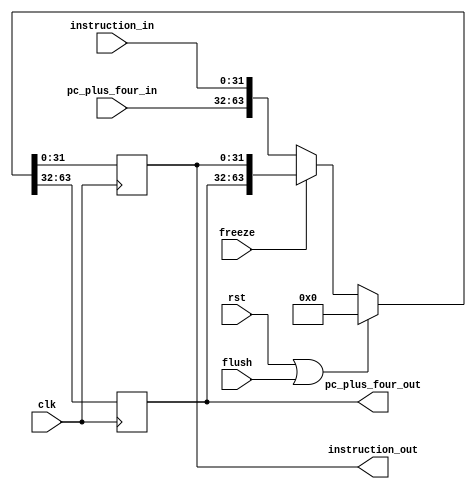
module IF_stage_reg (    
    input               clk,
    input               rst,
    input               flush,
    input               freeze,

    input       [31:0]  pc_plus_four_in,
    input       [31:0]  instruction_in,

    output reg  [31:0]  pc_plus_four_out,
    output reg  [31:0]  instruction_out
);

    wire clear;

    assign clear = rst | flush;

    always @(posedge clk) begin
        if (clear)          {pc_plus_four_out, instruction_out} <= 64'b0;
        else if(freeze)     {pc_plus_four_out, instruction_out} <= {pc_plus_four_out, instruction_out};
        else                {pc_plus_four_out, instruction_out} <= {pc_plus_four_in, instruction_in};
    end

endmodule